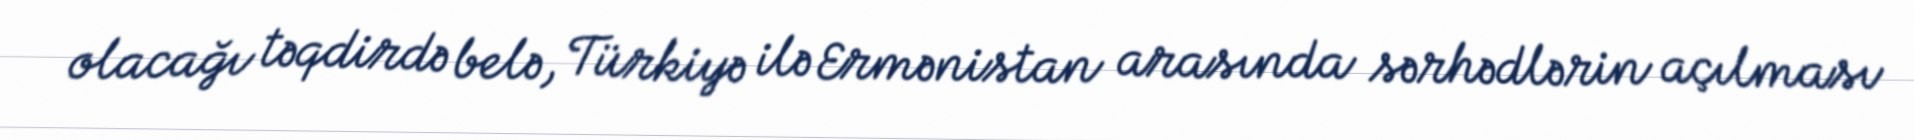
olacağı təqdirdə belə, Türkiyə ilə Ermənistan arasında sərhədlərin açılması